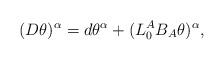
LaTeX: \begin{align*}(D \theta)^\alpha= d\theta^\alpha +( L^A_0 B_A \theta) ^\alpha,\end{align*}